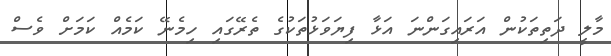
މާލީ ދަތިތަކުން އަރައިގަންނަ އަޅާ ފިޔަވަޅުތަކުގެ ތެރޭގައި ހިމެނޭ ކަމެއް ކަމަށް ވެސް